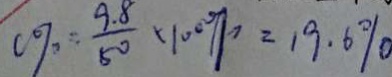
0 \% = \frac { 9 . 8 } { 5 0 } \times 1 0 0 \% = 1 9 . 6 \%